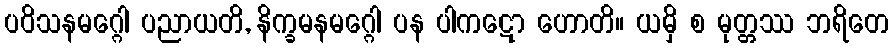
ပဝိသနမဂ္ဂေါ ပညာယတိ, နိက္ခမနမဂ္ဂေါ ပန ပါကဋော ဟောတိ။ ယမှိ စ မုတ္တဿ ဘရိတေ